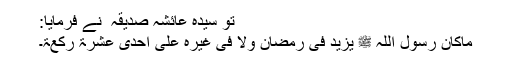
تو سیدہ عائشہ صدیقہ ؓ نے فرمایا:
ماکان رسول اللہ ﷺ یزید فی رمضان ولا فی غیرہ علی احدی عشرۃ رکعۃ۔